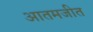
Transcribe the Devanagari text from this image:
आतमजीत